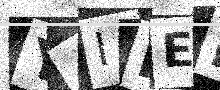
Text: Y4IIEI